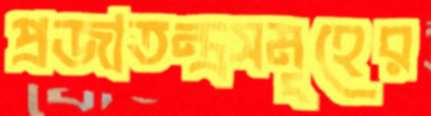
প্রজাতন্ত্রসমূহের